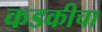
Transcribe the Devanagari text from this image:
कडकीचा